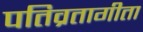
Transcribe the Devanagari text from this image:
पतिव्रतागीता